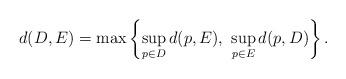
LaTeX: \begin{align*}d(D, E)=\max\left\{\sup_{p\in D}d(p, E),\ \sup_{p\in E} d(p, D)\right\}.\end{align*}